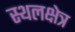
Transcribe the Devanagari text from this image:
स्थलक्षेत्र